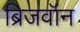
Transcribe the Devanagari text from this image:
ब्रिजवॉन